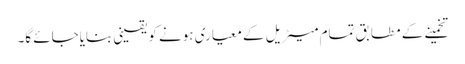
تخمینے کے مطابق تمام میٹریل کے معیاری ہونے کو یقینی بنایاجائے گا۔